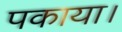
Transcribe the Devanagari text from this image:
पकाया।